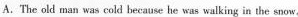
A.The old man was cold because he was walking in the snow.